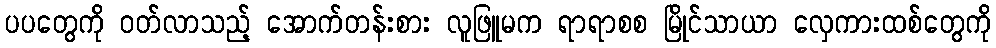
ပပတွေကို ဝတ်လာသည့် အောက်တန်းစား လူဖြူမက ရာရာစစ မြိုင်သာယာ လှေကားထစ်တွေကို